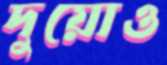
দুয়োও